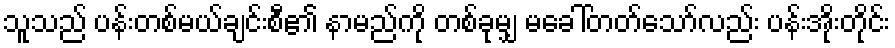
သူသည် ပန်းတစ်မယ်ချင်းစီ၏ နာမည်ကို တစ်ခုမျှ မခေါ်တတ်သော်လည်း ပန်းအိုးတိုင်း